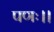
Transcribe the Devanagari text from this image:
पणः।।